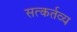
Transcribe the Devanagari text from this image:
सत्कर्तव्य